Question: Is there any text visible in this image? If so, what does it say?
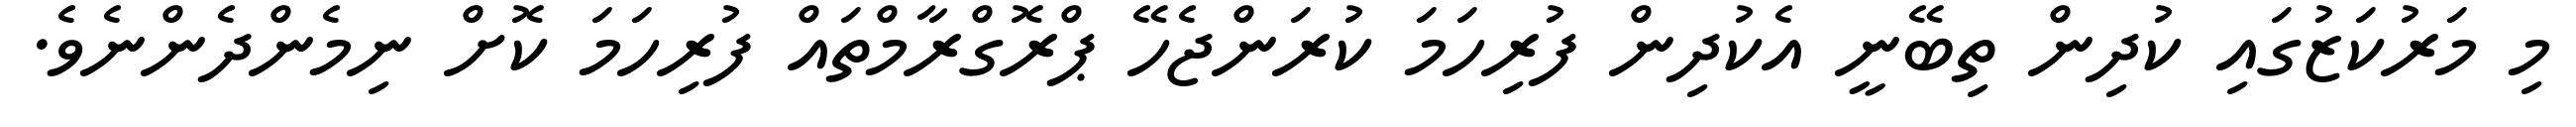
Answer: މި މަރުކަޒުގައި ކުދިން ތިބޭނީ އެކުދިން ފުރިހަމަ ކުރަންޖެހޭ ޕްރޮގްރާމްތައް ފުރިހަމަ ކޮށް ނިމެންދެންނެވެ.